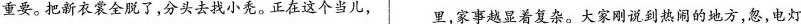
重要。把新衣裳全脱了，分头去找小秃。正在这个当儿， 里，家事越显着复杂。大家刚说到热闹的地方，忽，电灯